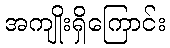
အကျိုးရှိကြောင်း